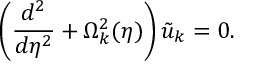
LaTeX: \left( \frac { d ^ { 2 } } { d \eta ^ { 2 } } + \Omega _ { k } ^ { 2 } ( \eta ) \right) \tilde { u } _ { k } = 0 .